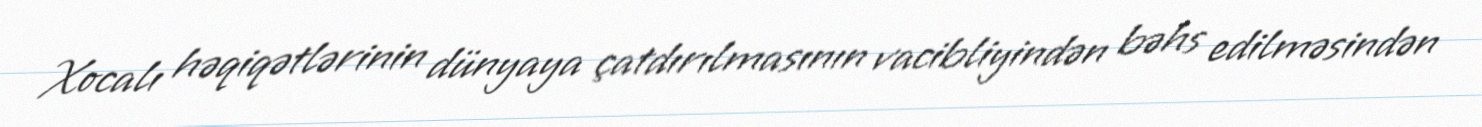
Xocalı həqiqətlərinin dünyaya çatdırılmasının vacibliyindən bəhs edilməsindən